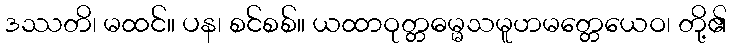
ဒဿတိ၊ မထင်။ ပန၊ စင်စစ်။ ယထာဝုတ္တဓမ္မသမူဟမတ္တေယေဝ၊ တို့၏